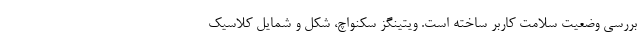
بررسی وضعیت سلامت کاربر ساخته است. ویتینگز سکنواچ، شکل و شمایل کلاسیک